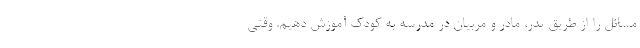
مسائل را از طریق پدر، مادر و مربیان در مدرسه به کودک آموزش دهیم. وقتی